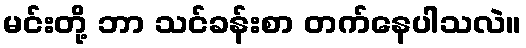
မင်းတို့ ဘာ သင်ခန်းစာ တက်နေပါသလဲ။